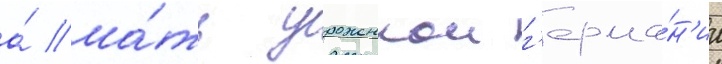
а́ ма́ть уроженкои г'ерма́н'ии